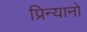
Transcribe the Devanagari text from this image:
प्रिन्यानो